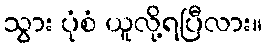
သွား ပုံစံ ယူလို့ရပြီလား။